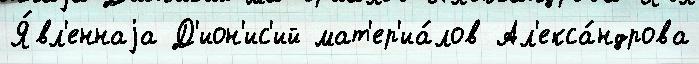
Я́вл'еннаjа Д'ион'ис'ий мат'ер'иа́лов Ал'екса́ндрова